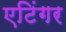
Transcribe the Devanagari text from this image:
एटिंगर